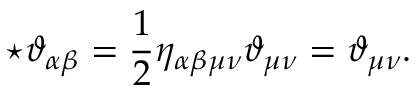
\star \vartheta _ { \alpha \beta } = { \frac { 1 } { 2 } } \eta _ { \alpha \beta \mu \nu } \vartheta _ { \mu \nu } = \vartheta _ { \mu \nu } .